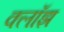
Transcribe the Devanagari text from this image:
क्लॉझ